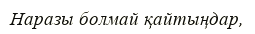
Наразы болмай қайтыңдар,